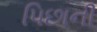
પિછાની